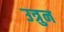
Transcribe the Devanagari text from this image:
उत्रुन